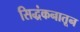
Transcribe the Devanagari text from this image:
सिद्धंकनातून